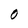
Character: O